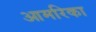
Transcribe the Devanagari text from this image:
आमरिका